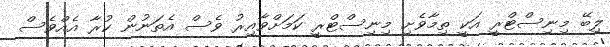
ލިބޭ މިނިސްޓްރީ އަކީ ތިމާވެށި މިނިސްޓްރީ ކަމަށްވާއިރު ވެސް އެތަނުން ކުރާ އެއްވެސް